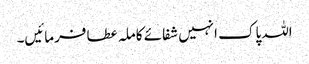
اللہ پاک انہیں شفائے کاملہ عطا فرمائیں۔